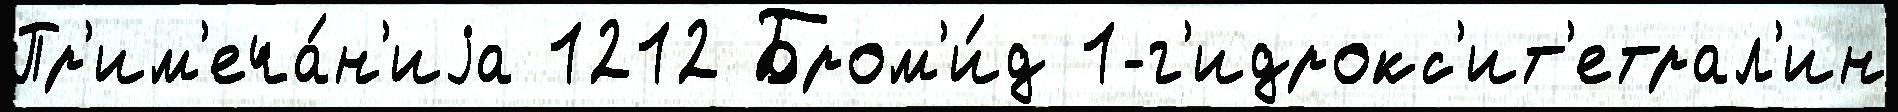
Пр'им'еча́н'иjа 1212 Бром'и́д 1-г'идрокс'ит'етрал'ин